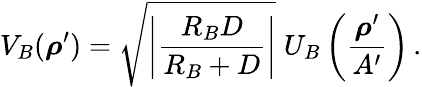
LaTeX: V_{B}(\boldsymbol\rho^{\prime})=\sqrt{\left|\frac{R_{B}D}{R_{B}+D}\right|}\; U_{B}\left({\frac{\boldsymbol\rho^{\prime}}{A^{\prime}}}\right)\, .